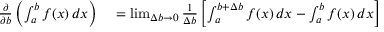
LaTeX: \begin{array} { r l } { { \frac { \partial } { \partial b } } \left( \int _ { a } ^ { b } f ( x ) \, d x \right) } & { { } = \operatorname* { l i m } _ { \Delta b \to 0 } { \frac { 1 } { \Delta b } } \left[ \int _ { a } ^ { b + \Delta b } f ( x ) \, d x - \int _ { a } ^ { b } f ( x ) \, d x \right] } \end{array}